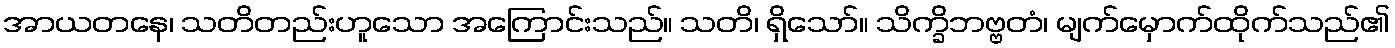
အာယတနေ၊ သတိတည်းဟူသော အကြောင်းသည်။ သတိ၊ ရှိသော်။ သိက္ခိဘဗ္ဗတံ၊ မျက်မှောက်ထိုက်သည်၏